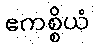
ဧကစ္စိယံ